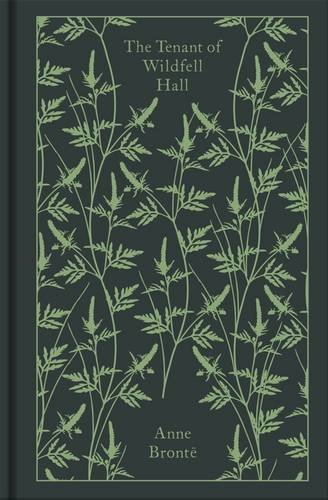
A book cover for The Tenant of Wildfell Hall (Hardcover Classics); Anne Bronte; Literature & Fiction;